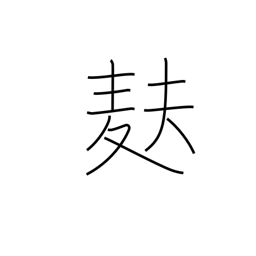
Meaning: light wheat-gluten bread